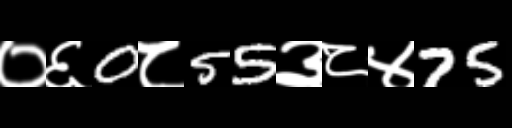
Text: ०६0८55३८४75